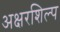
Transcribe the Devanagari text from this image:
अक्षरशिल्प